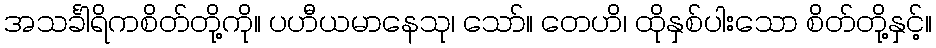
အသင်္ခါရိကစိတ်တို့ကို။ ပဟီယမာနေသု၊ သော်။ တေဟိ၊ ထိုနှစ်ပါးသော စိတ်တို့နှင့်။